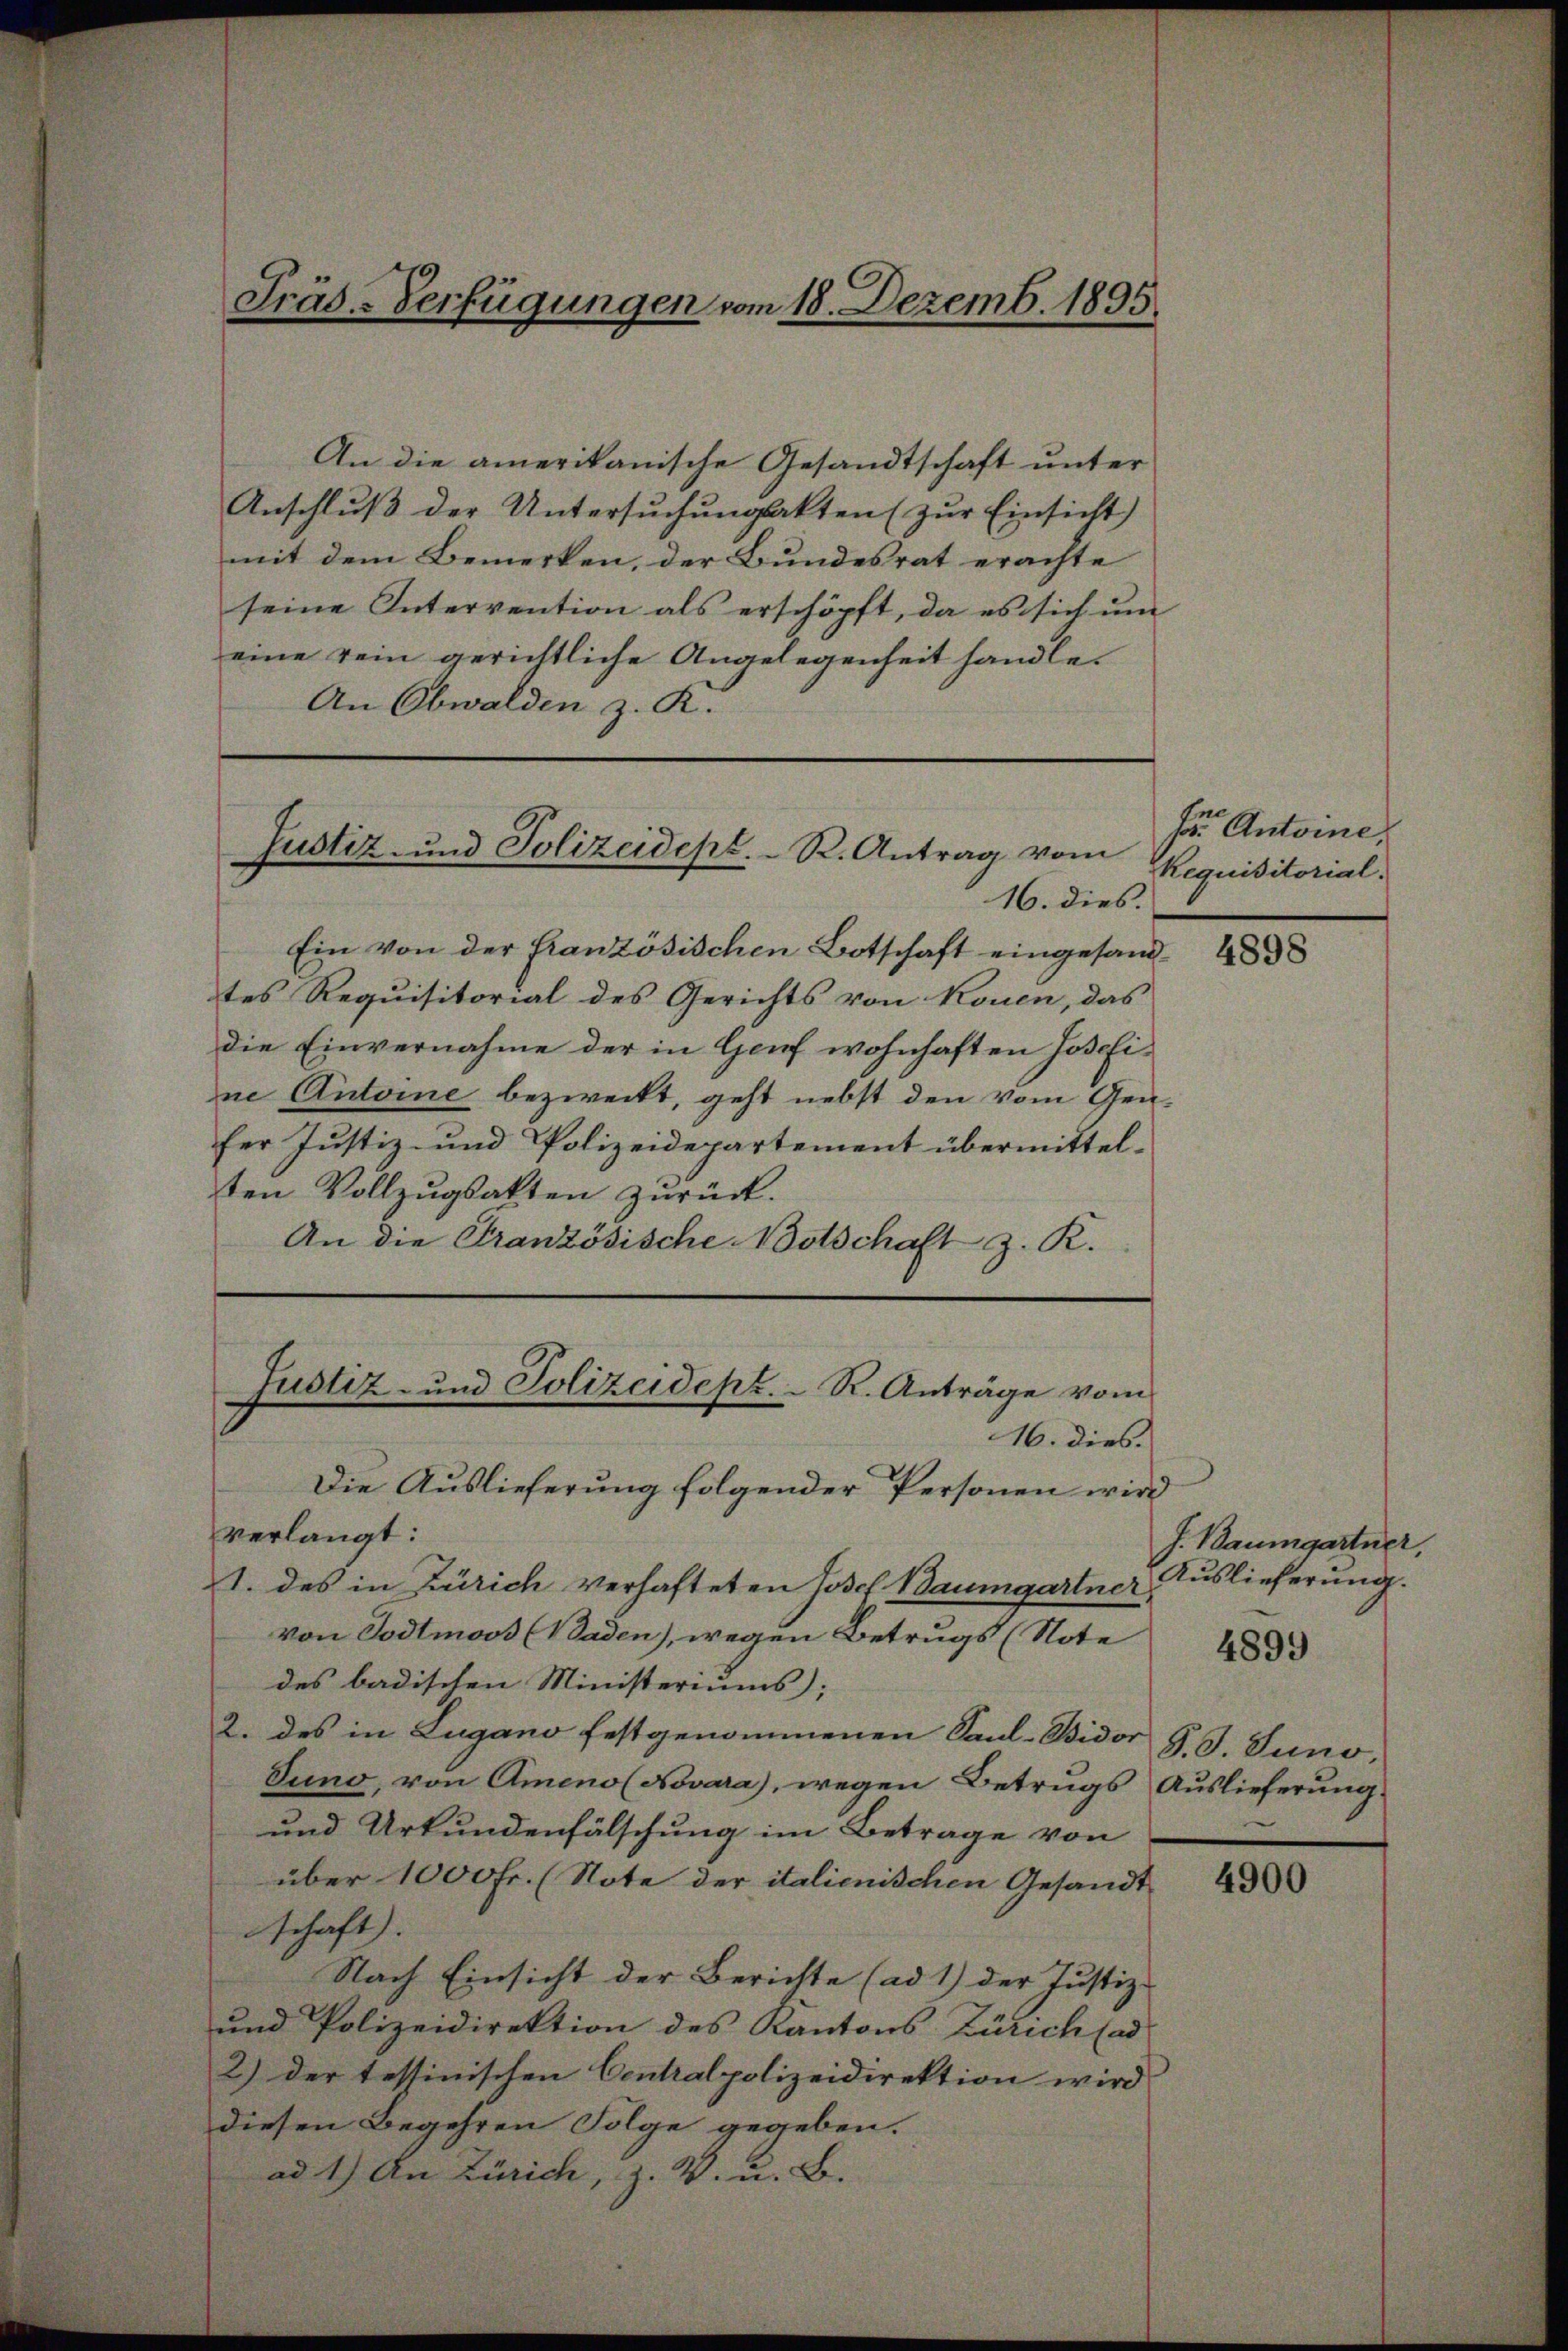
Präs-Verfügungen vom 18. Dezemb. 1895.

An die amerikanische Gesandtschaft unter
Anschluß der Untersuchungsakten (zur Einsicht)
mit dem Bemerken, der Bundesrat erachte
seine Intervention als erschöpft, da es sich um
eine rein gerichtliche Angelegenheit handle.
An Obwalden z. R.
16. dies.
Ein von der französischen Botschaft eingesandtes Requisitorial des Gerichts von Kouen, das
die Einvernahme der in Genf wohnhaften Josefine Antoine bezweckt, geht nebst den vom Genfer Justiz- und Polizeidepartement übermittelten Vollzugsakten zurück.
An die Französische Botschaft z. K.
Justiz- und Polizeidept. R. Anträge vom
16. dies
Die Auslieferung folgender Personen wird
verlangt:
1. des in Zürich verhafteten Josef Baumgartner Auslieferung.
von Todtmoos (Baden), wegen Betrugs (Note
des badischen Ministeriums);
2. des in Lugano festgenommenen Saul-Bidor
Juno, von Ameno (Novara), wegen Betrugs Auslieferung.
und Urkundenfälschung im Betrage von
über 1000 Fr. (Note der italienischen Gesandt
schaft).
Nach Einsicht der Berichte (ad 1) der Justiz-
und Polizeidirektion des Kantons Zürich (ad
2.) Der testinischen Centralpolizeidirektion wird
diesen Begehren Folge gegeben.
ad 1.) An Zürich, z. V. u. B.

Justiz- und Polizeidept. R. Antrag vom

f Antoine,
Requisitorial.

4898

J. Baumgartner,
4899

S. J. Juno,

4900